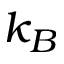
k _ { B }